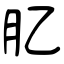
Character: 肊